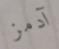
آدمز